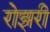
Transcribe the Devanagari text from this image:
रोझरी